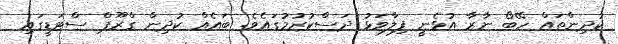
ކުދިންތައް ހޭބޯ ނާރާ އުޅެނީ ފިލާވަޅު ދަސްކުރުމުގައެވެ. ބައެއް ކުދިން ގްރޫޕް ސްޓަޑީގައި